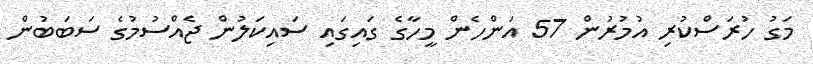
މަގު ހުރަސްކުރި އުމުރުން 57 އަންހެން މީހާގެ ގައިގައި ސައިކަލުން ޖެއްސުމުގެ ސަބަބުން